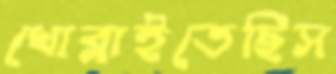
খোব্‌লাইতেছিস